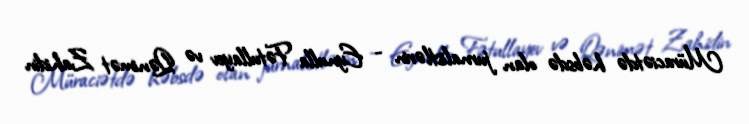
Müraciətdə həbsdə olan jurnalistlərin - Eynulla Fətullayev və Qənimət Zahidin